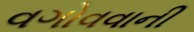
વગોવવાની